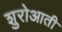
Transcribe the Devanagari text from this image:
शुरोआती